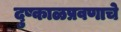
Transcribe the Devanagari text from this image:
दुष्काळप्रवणाचे